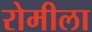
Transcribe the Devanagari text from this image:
रोमीला